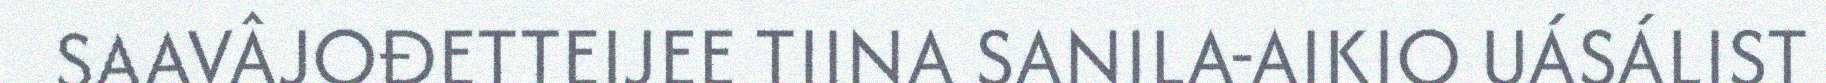
SAAVÂJOĐETTEIJEE TIINA SANILA-AIKIO UÁSÁLIST